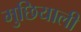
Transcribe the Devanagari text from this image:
मुछियाली